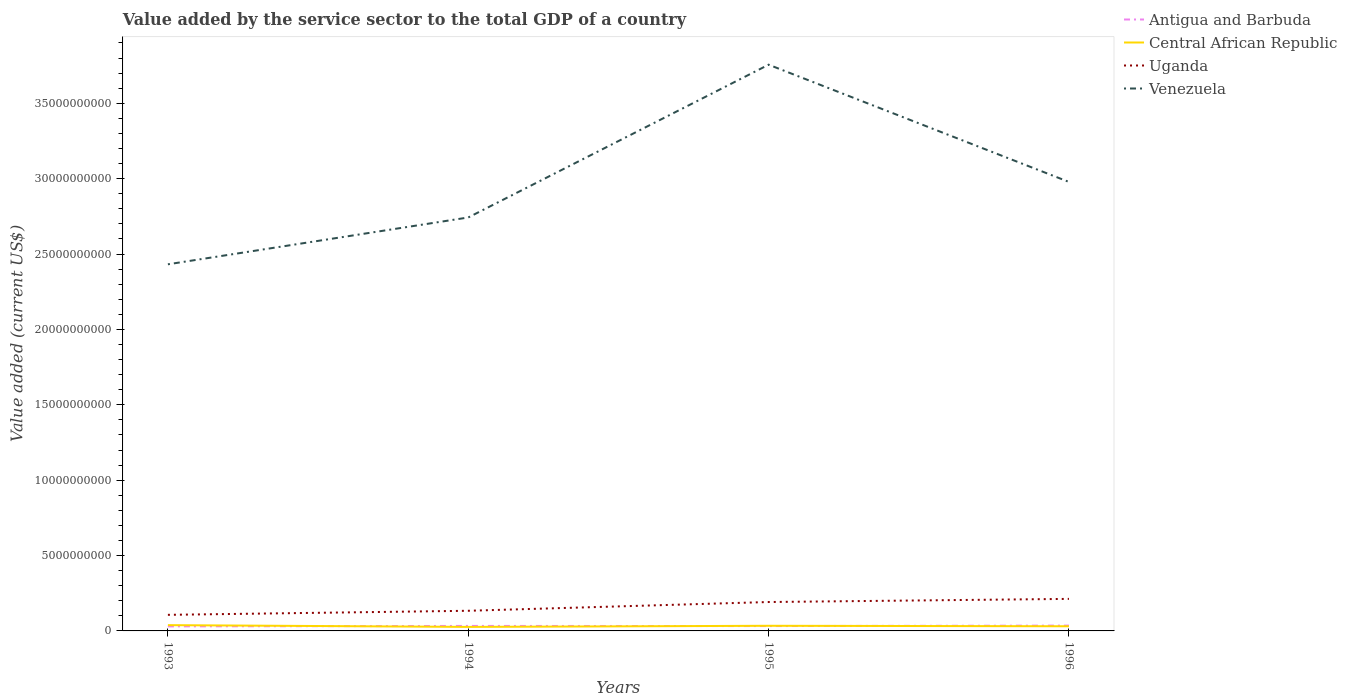
| Years | Antigua and Barbuda | Central African Republic | Uganda | Venezuela |
 | --- | --- | --- | --- | --- |
 | 1993 | 3.01e+08 | 3.83e+08 | 1.07e+09 | 2.43e+10 |
 | 1994 | 3.31e+08 | 2.66e+08 | 1.34e+09 | 2.74e+10 |
 | 1995 | 3.23e+08 | 3.41e+08 | 1.92e+09 | 3.76e+10 |
 | 1996 | 3.54e+08 | 3.09e+08 | 2.13e+09 | 2.98e+10 |